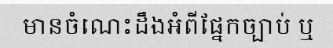
មានចំណេះដឹងអំពីផ្នែកច្បាប់ ឬ